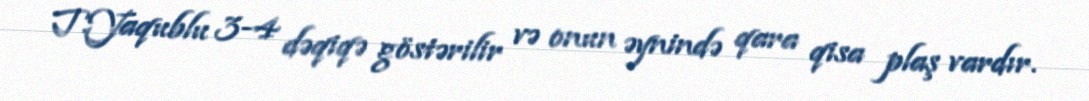
T.Yaqublu 3-4 dəqiqə göstərilir və onun əynində qara qisa plaş vardır.